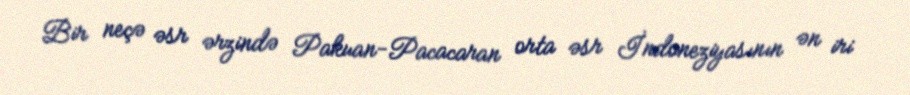
Bir neçə əsr ərzində Pakuan-Pacacaran orta əsr İndoneziyasının ən iri